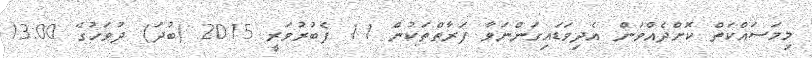
މިމަސައްކަތް ކޮށްދެއްވަން އެދިވަޑައިގަންނަވާ ފަރާތްތަކުން 11 ފެބުރުވަރީ 2015 (ބުދަ) ދުވަހުގެ 13:00